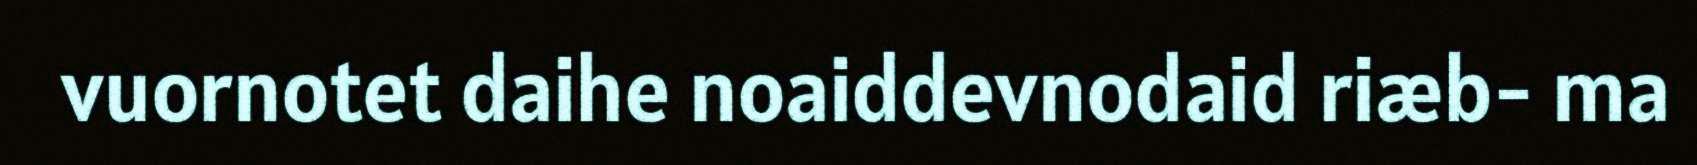
vuornotet daihe noaiddevnodaid riæb- ma